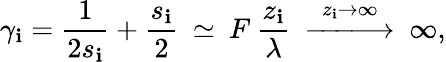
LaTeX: \gamma_{\mathbf{i}}=\frac{{1}}{{2s_{\mathbf{i}}}}+\frac{{s_{\mathbf{i}}}}{2}\: \simeq\: F\: \frac{{z_{\mathbf{i}}}}{{\lambda}}\: \stackrel{z_{\mathbf{i}}\to\infty}{-\! \! \! -\! \! \! -\! \! \! \longrightarrow}\: \infty,